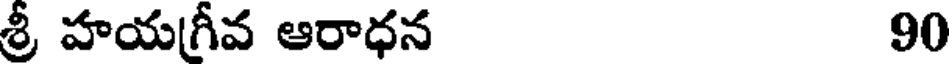
శ్రీ హయగ్రీవ ఆరాధన 90